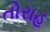
તોરાહ